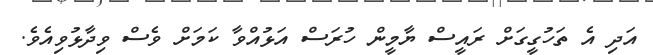
އަދި އެ ތަހުގީގަށް ރައީސް ޔާމީން ހުރަސް އަޅުއްވާ ކަމަށް ވެސް ވިދާޅުވިއެވެ.